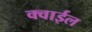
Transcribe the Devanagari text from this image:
क्वाईल